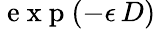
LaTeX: \mathrm{~e~x~p~}(-\epsilon\, D)